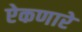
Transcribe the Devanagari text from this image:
ऐकणारे